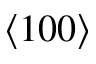
\langle 1 0 0 \rangle